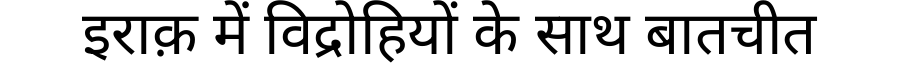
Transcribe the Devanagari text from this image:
इराक़ में विद्रोहियों के साथ बातचीत